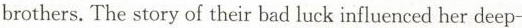
brothers. The story of their bad luck influenced her deep-